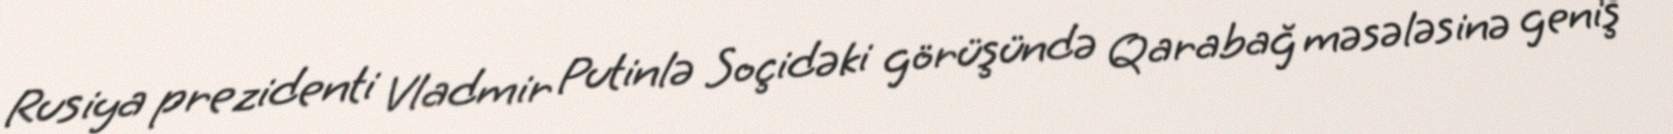
Rusiya prezidenti Vladmir Putinlə Soçidəki görüşündə Qarabağ məsələsinə geniş